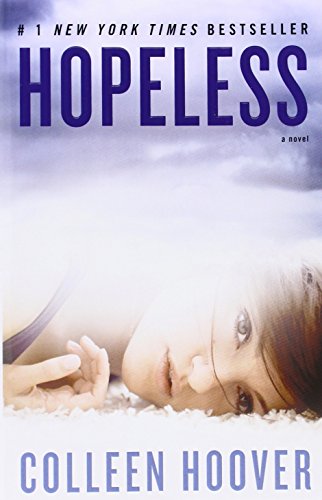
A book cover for Hopeless; Colleen Hoover; Romance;